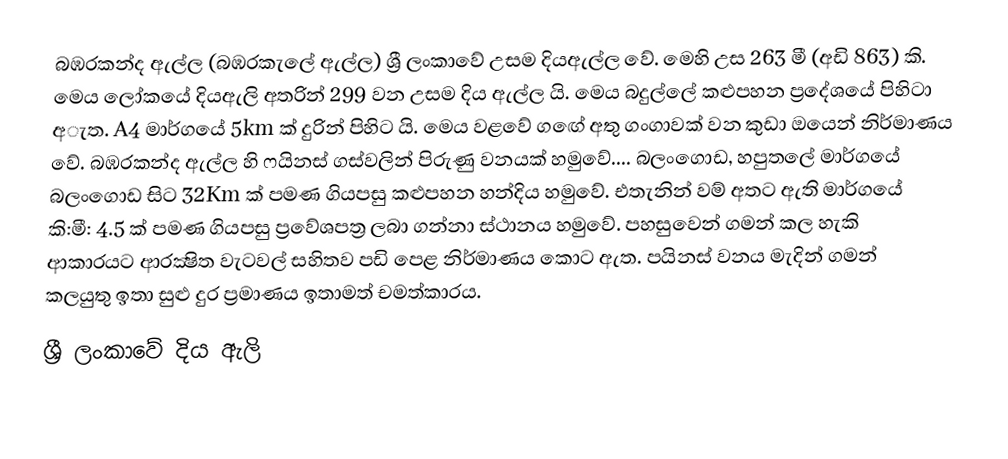
බඹරකන්ද ඇල්ල (බඹරකැලේ ඇල්ල) ශ්‍රී ලංකාවේ උසම දියඇල්ල  වේ. මෙහි උස 263 මී (අඩි 863) කි. මෙය  ලෝකයේ දියඇලි අතරින් 299 වන උසම දිය ඇල්ල යි. මෙය බදුල්ලේ කළුපහන ප්‍රදේශයේ පිහිටා අැත. A4 මාර්ගයේ 5km ක් දුරින් පිහිට යි.  මෙය වළවේ ගඟේ අතු ගංගාවක් වන කුඩා ඔයෙන් නිර්මාණය වේ. බඹරකන්ද ඇල්ල හි ෆයිනස් ගස්වලින් පිරුණු වනයක් හමුවේ.... බලංගොඩ, හපුතලේ  මාර්ගයේ බලංගොඩ සිට 32Km ක් පමණ ගියපසු කළුපහන හන්දිය හමුවේ. එතැනින් වම් අතට ඇති මාර්ගයේ කි:මී: 4.5 ක් පමණ ගියපසු ප්‍රවේශපත්‍ර ලබා ගන්නා ස්ථානය හමුවේ. පහසුවෙන් ගමන් කල හැකි ආකාරයට ආරක්‍ෂිත වැටවල් සහිතව පඩි පෙළ නිර්මාණය කොට ඇත. පයිනස් වනය මැදින් ගමන් කලයුතු ඉතා සුළු දුර ප්‍රමාණය ඉතාමත් චමත්කාරය.
ශ්‍රී ලංකාවේ දිය ඇලි